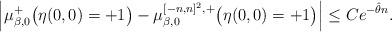
LaTeX: \begin{align*}\Big| \mu_{\beta,0}^+ \big(\eta(0,0)=+1\big) - \mu_{\beta,0}^{[-n,n]^2,+}\big(\eta(0,0)=+1\big)\Big| \leq Ce^{-\hat{\theta} n}.\end{align*}